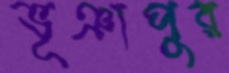
ভূঞাপুর